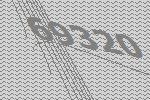
69320